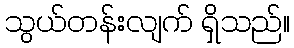
သွယ်တန်းလျက် ရှိသည်။